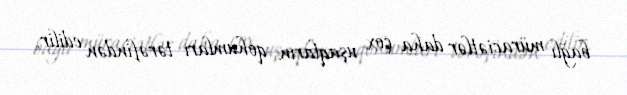
bağlı müraciətlər daha çox uşaqların qohumları tərəfindən edilir.